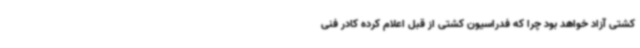
کشتی آزاد خواهد بود چرا که فدراسیون کشتی از قبل اعلام کرده کادر فنی